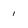
Character: 1